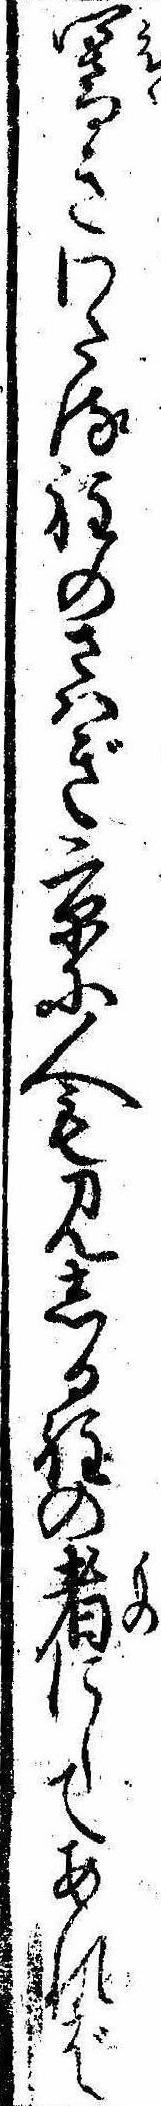
響きわたる程のさはぎ京に人も見しる程の者にしてあれば